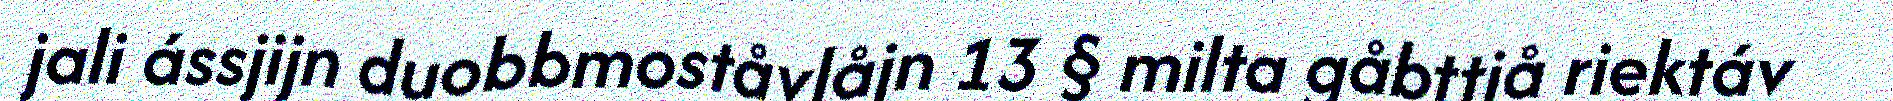
jali ássjijn duobbmoståvlåjn 13 § milta gåbttjå riektáv